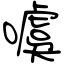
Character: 噳